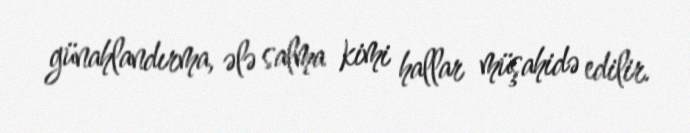
günahlandırma, ələ salma kimi hallar müşahidə edilir.